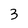
Character: 3